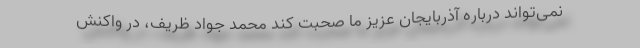
نمی‌تواند درباره آذربایجان عزیز ما صحبت کند محمد جواد ظریف، در واکنش